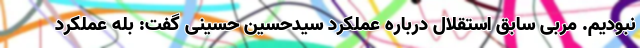
نبودیم. مربی سابق استقلال درباره عملکرد سیدحسین حسینی گفت: بله عملکرد